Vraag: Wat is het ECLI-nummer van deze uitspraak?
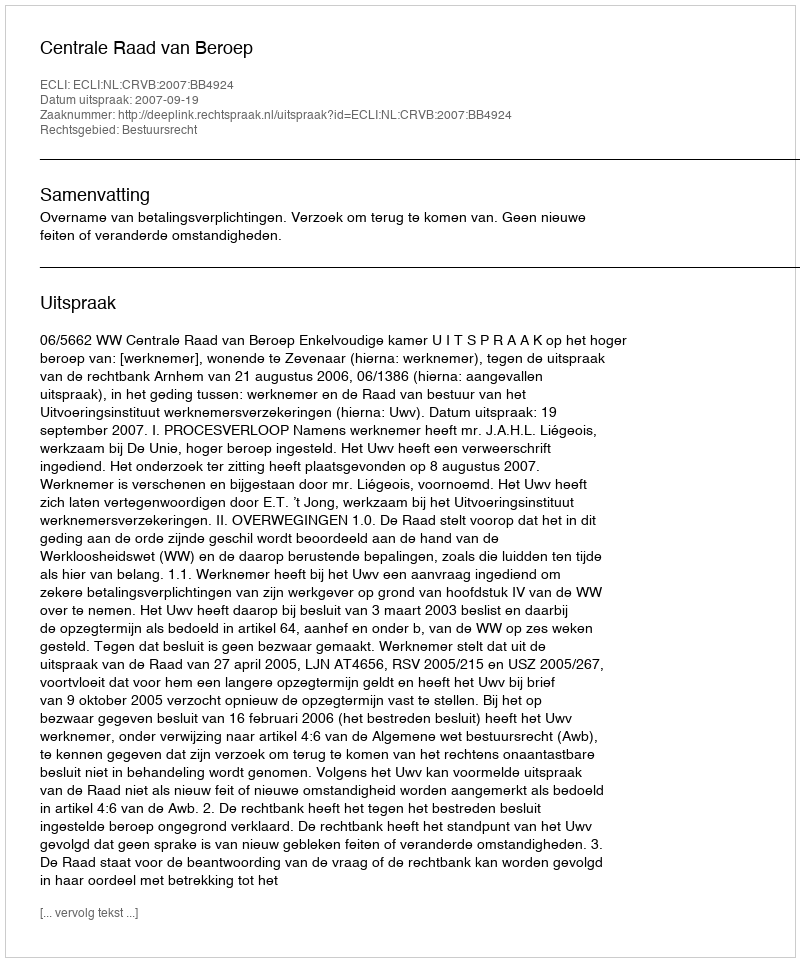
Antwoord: ECLI:NL:CRVB:2007:BB4924